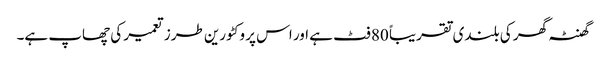
گھنٹہ گھر کی بلندی تقریباً 80 فٹ ہے اور اس پر وکٹورین طرز تعمیر کی چھاپ ہے۔